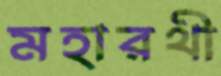
মহারথী